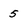
Character: 5